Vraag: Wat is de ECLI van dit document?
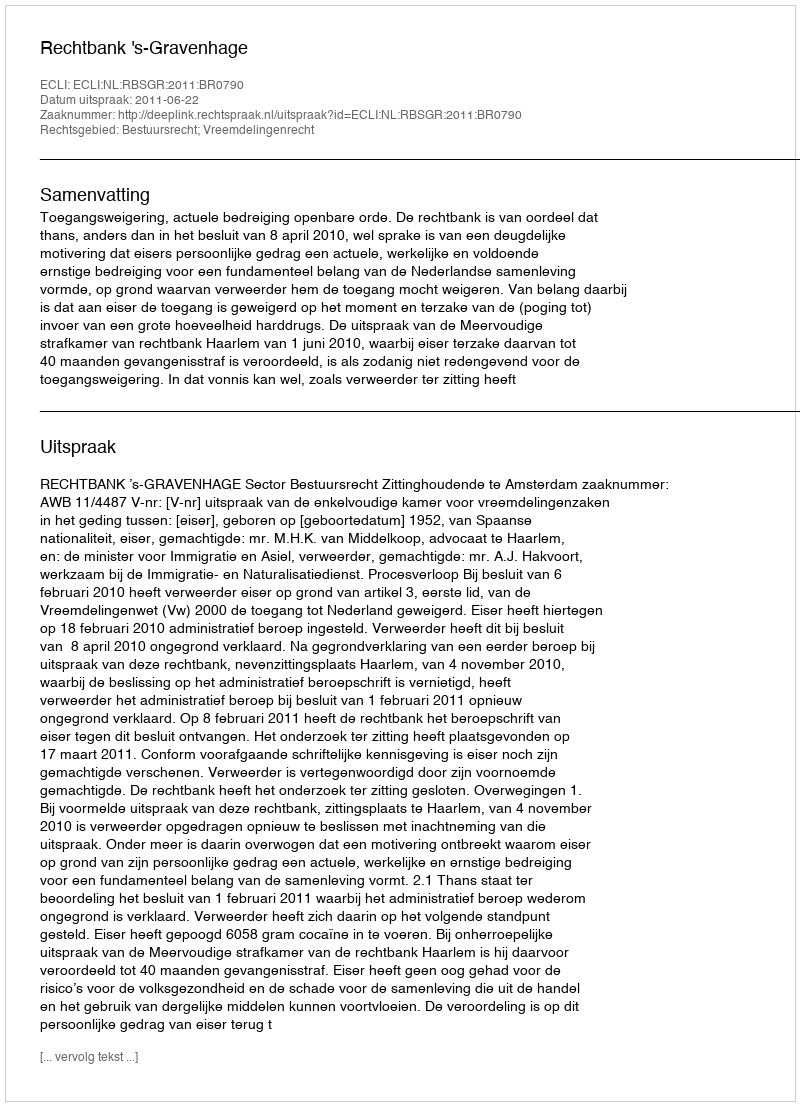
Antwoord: ECLI:NL:RBSGR:2011:BR0790